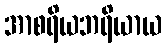
အာစရိယဘရိယာယ